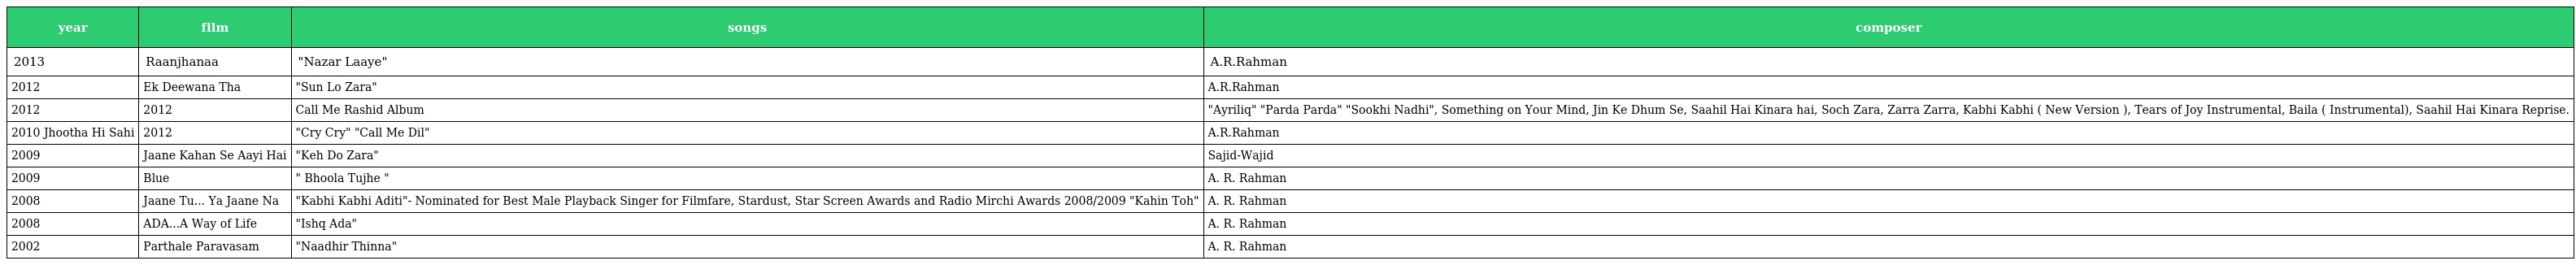
| year | film | songs | composer |
 | --- | --- | --- | --- |
 | 2013 | Raanjhanaa | "Nazar Laaye" | A.R.Rahman |
 | 2012 | Ek Deewana Tha | "Sun Lo Zara" | A.R.Rahman |
 | 2012 | 2012 | Call Me Rashid Album | "Ayriliq" "Parda Parda" "Sookhi Nadhi", Something on Your Mind, Jin Ke Dhum Se, Saahil Hai Kinara hai, Soch Zara, Zarra Zarra, Kabhi Kabhi ( New Version ), Tears of Joy Instrumental, Baila ( Instrumental), Saahil Hai Kinara Reprise. |
 | 2010 Jhootha Hi Sahi | 2012 | "Cry Cry" "Call Me Dil" | A.R.Rahman |
 | 2009 | Jaane Kahan Se Aayi Hai | "Keh Do Zara" | Sajid-Wajid |
 | 2009 | Blue | " Bhoola Tujhe " | A. R. Rahman |
 | 2008 | Jaane Tu... Ya Jaane Na | "Kabhi Kabhi Aditi"- Nominated for Best Male Playback Singer for Filmfare, Stardust, Star Screen Awards and Radio Mirchi Awards 2008/2009 "Kahin Toh" | A. R. Rahman |
 | 2008 | ADA...A Way of Life | "Ishq Ada" | A. R. Rahman |
 | 2002 | Parthale Paravasam | "Naadhir Thinna" | A. R. Rahman |